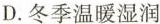
D.冬季温暖湿润